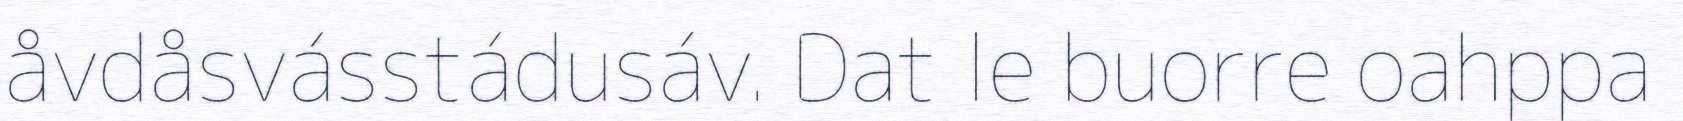
åvdåsvásstádusáv. Dat le buorre oahppa